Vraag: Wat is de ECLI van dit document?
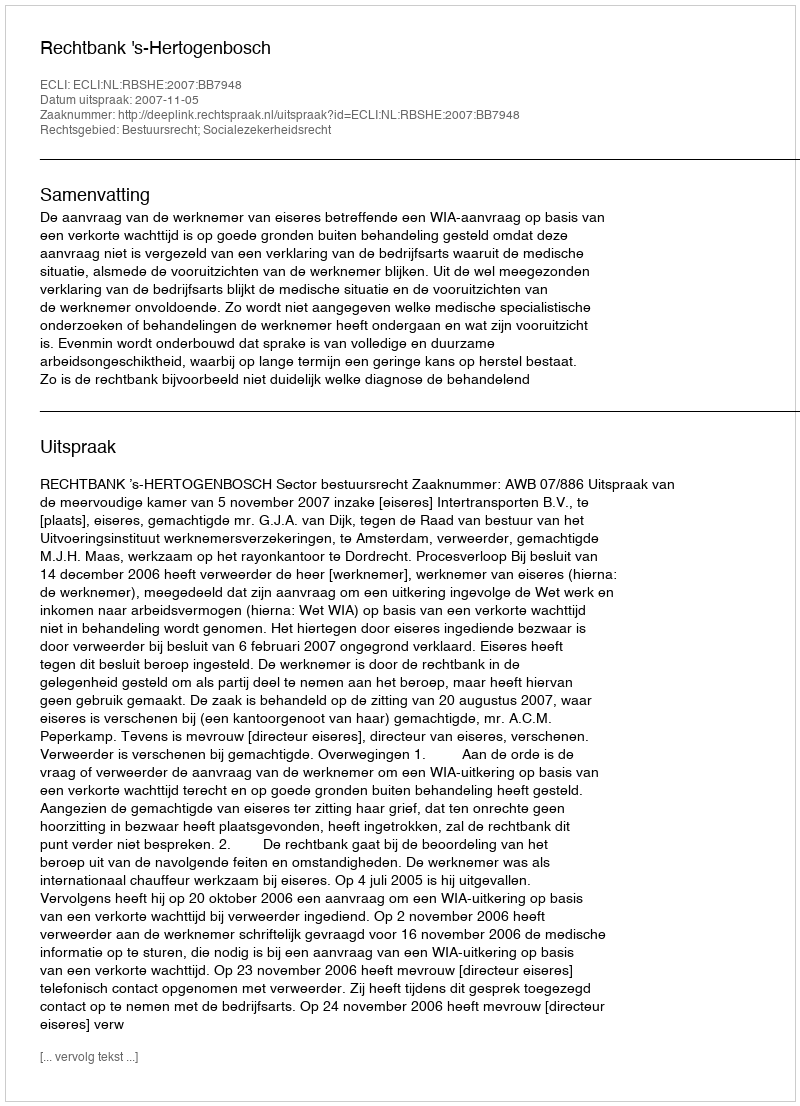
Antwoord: ECLI:NL:RBSHE:2007:BB7948